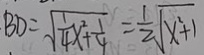
B D = \sqrt { \frac { 1 } { 4 } x ^ { 2 } + \frac { 1 } { 4 } } = \frac { 1 } { 2 } \sqrt { x ^ { 2 } + 1 }